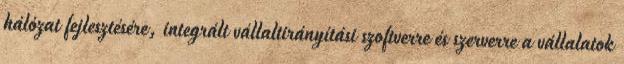
hálózat fejlesztésére, integrált vállaltirányítási szoftverre és szerverre a vállalatok